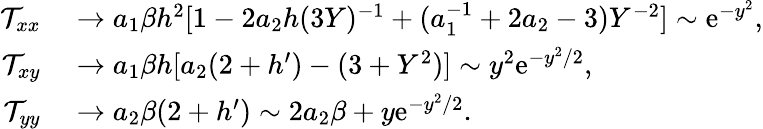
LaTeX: \begin{array}{rl}{\mathcal{T}_{xx}}&{{}\to a_{1}\beta h^{2}[1-2a_{2}h(3Y)^{-1}+(a_{1}^{-1}+2a_{2}-3)Y^{-2}]\sim\textrm{e}^{-y^{2}},}\\ {\mathcal{T}_{xy}}&{{}\to a_{1}\beta h[a_{2}(2+h^{\prime})-(3+Y^{2})]\sim y^{2}\textrm{e}^{-y^{2}/2},}\\ {\mathcal{T}_{yy}}&{{}\to a_{2}\beta(2+h^{\prime})\sim 2a_{2}\beta+y\textrm{e}^{-y^{2}/2}.}\end{array}